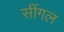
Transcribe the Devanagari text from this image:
सींगल